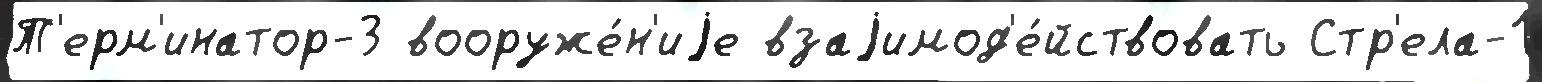
Т'ерм'инатор-3 вооруже́н'иjе взаjимод'е́йствовать Стр'ела-1